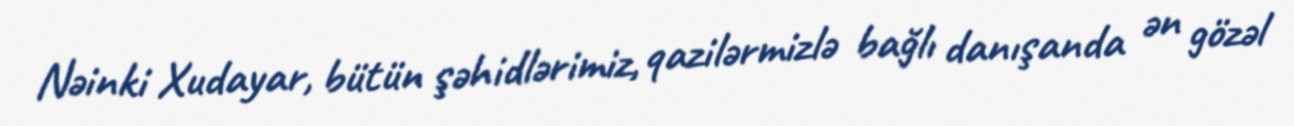
Nəinki Xudayar, bütün şəhidlərimiz, qazilərmizlə bağlı danışanda ən gözəl